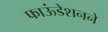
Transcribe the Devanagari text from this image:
फाऊंडेशनने